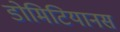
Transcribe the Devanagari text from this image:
डोमिटियानस